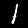
Label: 1